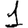
Digit: 1